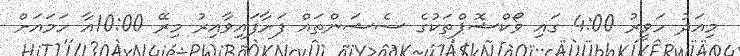
މިއަދު ހަވީރު 4:00 ގައި ވޯކްޝޮޕްތަކުގެ ސެޝަންތައް ފަށާފައިވާއިރު މިރޭ 10:00އާ ހަމައަށް